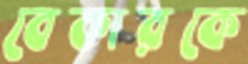
বেকারকে